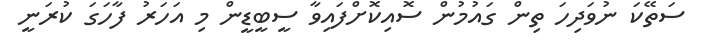
ސަތޭކަ ނުވަދިހަ ތިން ގައުމުން ސޮއިކޮށްފައިވާ ސީބީޑީން މި އަހަރު ފާހަގަ ކުރަނީ